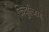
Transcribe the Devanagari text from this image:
किबुत्जिम